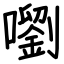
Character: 嚠